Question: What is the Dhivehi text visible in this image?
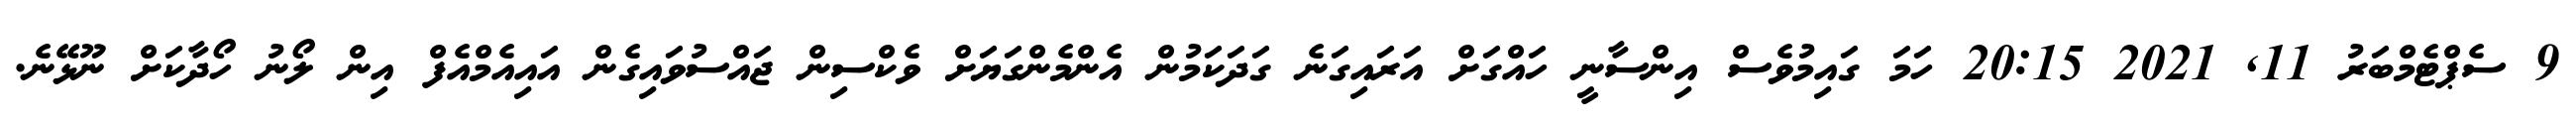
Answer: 9 ސެޕްޓެމްބަރު 11, 2021 20:15 ހަމަ ގައިމުވެސް އިންސާނީ ހައްގަށް އަރައިގަނެ ގަދަކަމުން އެންމެންގަޔަށް ވެކްސިން ޖައްސުވައިގެން އައިއެމްއެފް އިން ލޯނު ހޯދާކަށް ނޫޅޭނެ.